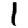
Digit: 1